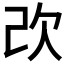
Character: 𣢇